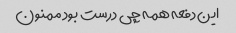
این دفعه همه چی درست بود ممنون